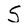
Character: S